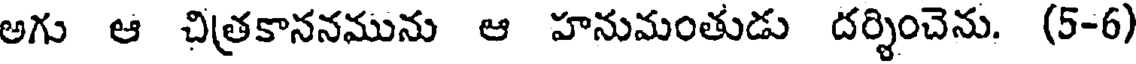
అగు ఆ చిత్రకాననమును ఆ హనుమంతుడు దర్శించెను. (5-6)